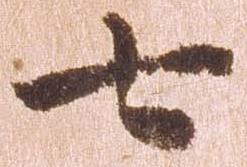
七